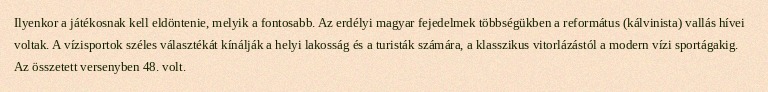
Ilyenkor a játékosnak kell eldöntenie, melyik a fontosabb. Az erdélyi magyar fejedelmek többségükben a református (kálvinista) vallás hívei voltak. A vízisportok széles választékát kínálják a helyi lakosság és a turisták számára, a klasszikus vitorlázástól a modern vízi sportágakig. Az összetett versenyben 48. volt.